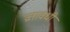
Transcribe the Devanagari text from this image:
व्रतावधी